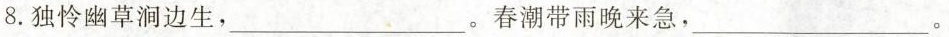
8.独怜幽草涧边生，___。春潮带雨晚来急，___。